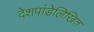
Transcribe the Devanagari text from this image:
देशपांडेलिखित